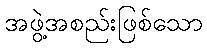
အဖွဲ့အစည်းဖြစ်သော